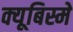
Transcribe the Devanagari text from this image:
क्यूबिस्मे